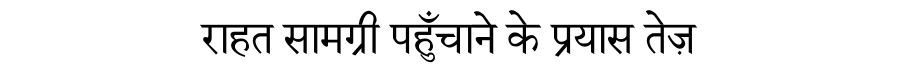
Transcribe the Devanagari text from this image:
राहत सामग्री पहुँचाने के प्रयास तेज़